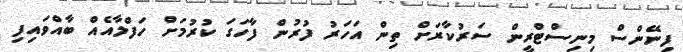
ފިނޭންސް މިނިސްޓްރީން ސަރުކާރަށް ތިން އަހަރު ފުރުން ފާހަގަ ކުރުމަށް ހަފްލާއެއް ބާއްވައިފި